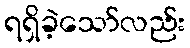
ရရှိခဲ့သော်လည်း